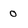
Character: 0